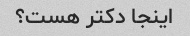
اینجا دکتر هست؟